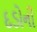
દડોની